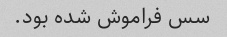
سس فراموش شده بود.